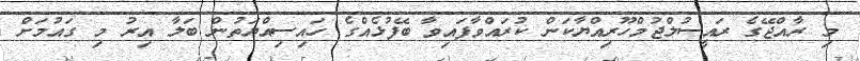
މި ރާއްޖޭގެ ރައީސުލްޖުމްހޫރިއްޔާކަން ކުރައްވާފައިވާ ބޭފުޅެއްގެ ހައިސިއްޔަތުން ބަލާ އިރު މި ގައުމަށް